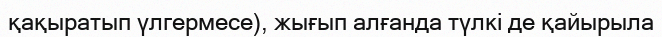
қақыратып үлгермесе), жығып алғанда түлкі де қайырыла